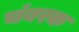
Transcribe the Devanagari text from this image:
चंबरक